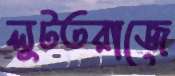
লুটতরাজে